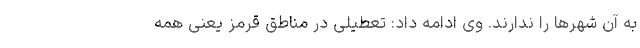
به آن شهرها را ندارند. وی ادامه داد: تعطیلی در مناطق قرمز یعنی همه